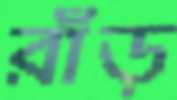
রাঁড়